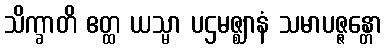
သိက္ခာတိ ဧတ္ထ ယသ္မာ ပဌမဇ္ဈာနံ သမာပဇ္ဇန္တော